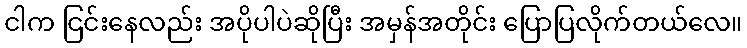
ငါက ငြင်းနေလည်း အပိုပါပဲဆိုပြီး အမှန်အတိုင်း ပြောပြလိုက်တယ်လေ။